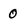
Character: 0